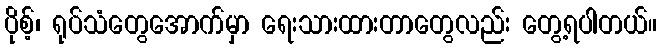
ပိုစ့်၊ ရုပ်သံတွေအောက်မှာ ရေးသားထားတာတွေလည်း တွေ့ရပါတယ်။